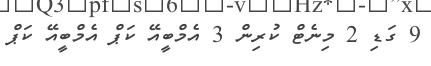
9 ގަޑި 2 މިނެޓް ކުރިން 3 އެމްބީއޭ ކަޕް އެމްބީއޭ ކަޕް